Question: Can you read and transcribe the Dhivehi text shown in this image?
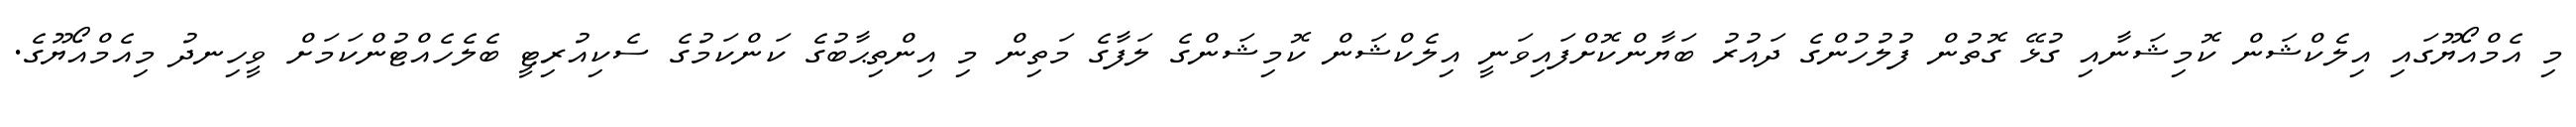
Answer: މި އެމްއޯޔޫގައި އިލެކްޝަން ކޮމިޝަނާއި ގުޅޭ ގޮތުން ފުލުހުންގެ ދައުރު ބަޔާންކޮށްފައިވަނީ އިލެކްޝަން ކޮމިޝަންގެ ލަފާގެ މަތިން މި އިންތިޙާބުގެ ކަންކަމުގެ ސެކިއުރިޓީ ބެލެހެއްޓުންކަމަށް ވީހިނދު މިއެމްއޯޔޫގެ.